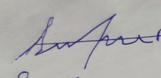
Signature authenticity: forged